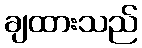
ချထားသည်